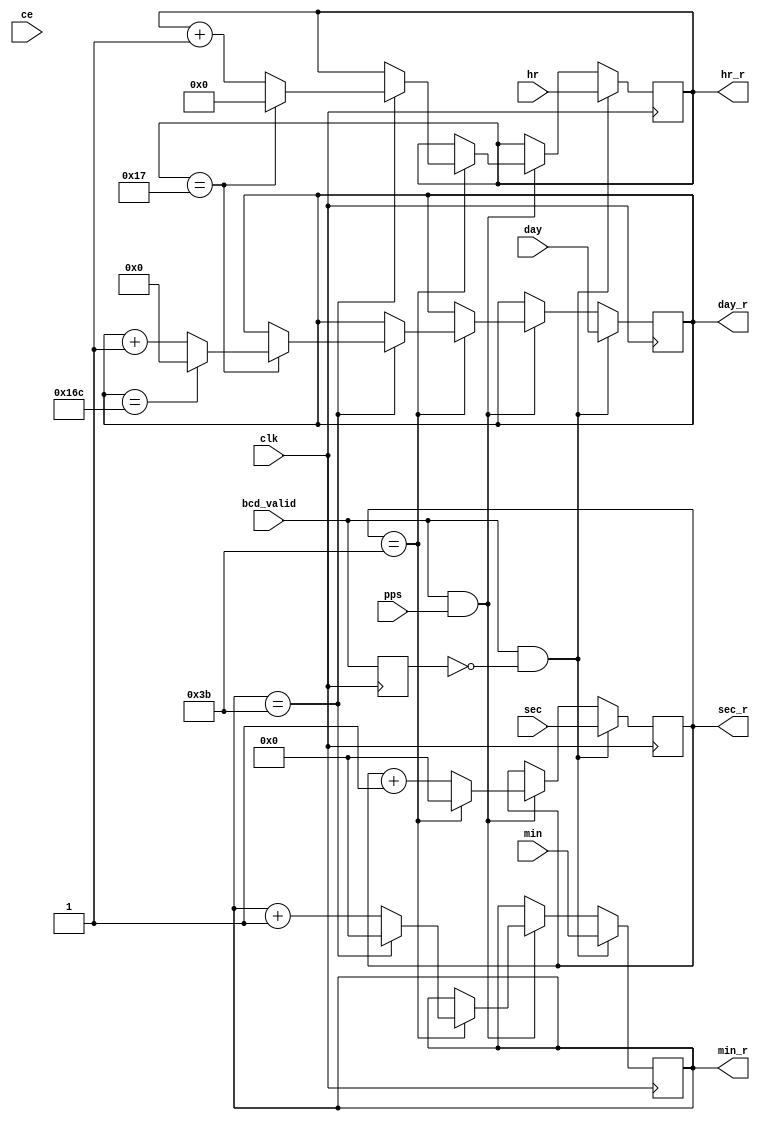
`default_nettype none

module irig_actual_time (
    input wire clk,
    input wire ce,
    input wire [5:0] sec, min,
    input wire [4:0] hr,
    input wire [8:0] day,
    input wire bcd_valid,
    input wire pps,
    
    output reg [5:0] sec_r, min_r,
    output reg [4:0] hr_r,
    output reg [8:0] day_r

);

reg bcd_valid_r=0;
always@(posedge clk)begin
    bcd_valid_r <= bcd_valid;
    if(bcd_valid & ~bcd_valid_r)begin
        sec_r <= sec;
        min_r <= min;
        hr_r <= hr;
        day_r <= day;
    end
    else if(bcd_valid & pps)begin
        if(sec_r == 59)begin
            sec_r <=0;
            if(min_r ==59)begin
                min_r <=0;
                if(hr_r==23)begin
                    hr_r<=0;
                    if(day_r==364)
                        day_r <=0;
                    else
                        day_r <= day_r+1;
                end
                else
                    hr_r <=hr_r+1;
            end
            else
                min_r <= min_r+1;

        end
        else
            sec_r <= sec_r+1;
    end
end


endmodule